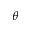
\theta